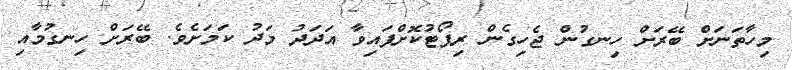
މިހާތަނަށް ބޭރަށް ހިނގުން ޖެހިގެން ރިޕޯޓުކޮށްފައިވާ އަދަދު މަދު ކަމަށެވެ. ބޭރަށް ހިނގުމާއި